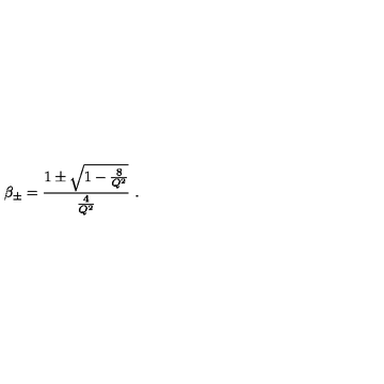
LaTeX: \beta _ { \pm } = { \frac { 1 \pm \sqrt { 1 - { \frac { 8 } { Q ^ { 2 } } } } } { \frac { 4 } { Q ^ { 2 } } } } \ .